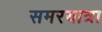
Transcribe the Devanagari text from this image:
समरयात्रा